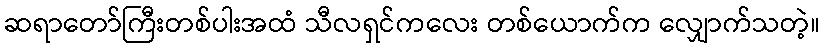
ဆရာတော်ကြီးတစ်ပါးအထံ သီလရှင်ကလေး တစ်ယောက်က လျှောက်သတဲ့။